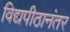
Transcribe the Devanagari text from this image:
विद्यपीठानंतर